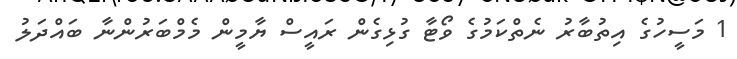
1 މަސީހުގެ އިތުބާރު ނެތްކަމުގެ ވޯޓާ ގުޅިގެން ރައީސް ޔާމީން މެމްބަރުންނާ ބައްދަލު